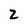
Character: Z